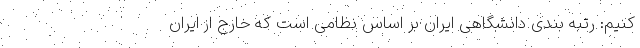
کنیم: رتبه بندی دانشگاهی ایران بر اساس نظامی است که خارج از ایران